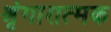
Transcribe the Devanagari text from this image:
श्रृंगारात्मक